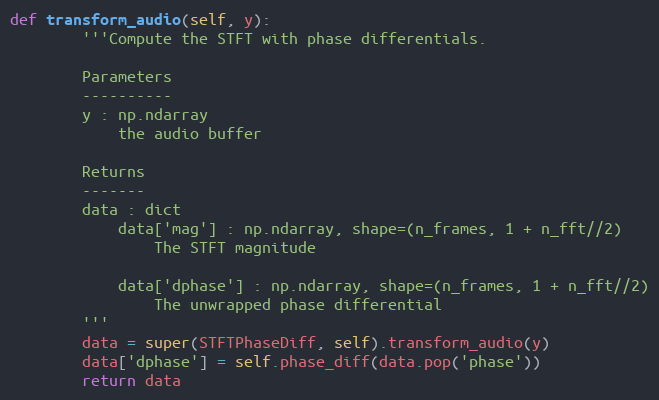
Language: Python
def transform_audio(self, y):
        '''Compute the STFT with phase differentials.

        Parameters
        ----------
        y : np.ndarray
            the audio buffer

        Returns
        -------
        data : dict
            data['mag'] : np.ndarray, shape=(n_frames, 1 + n_fft//2)
                The STFT magnitude

            data['dphase'] : np.ndarray, shape=(n_frames, 1 + n_fft//2)
                The unwrapped phase differential
        '''
        data = super(STFTPhaseDiff, self).transform_audio(y)
        data['dphase'] = self.phase_diff(data.pop('phase'))
        return data